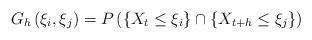
LaTeX: \begin{align*}G_{h}\left( \xi _{i},\xi _{j}\right) =P\left( \left\{ X_{t}\leq \xi_{i}\right\} \cap \left\{ X_{t+h}\leq \xi _{j}\right\} \right)\end{align*}